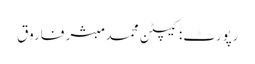
رپورٹ: کیپٹن محمد مبشر فاروق